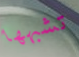
تشبهها